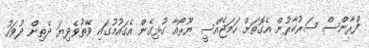
ފްރާންސް ސަރުކާރުން އެގޮތަށް ހަމަޖެއްސީ ޔޫރޯއާ ގުޅިގެން އެގައުމުގައި ވޭތުވެދިޔަ ދެތިން ދުވަހު